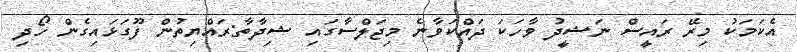
އެކަމަކު މިރޭ ރައީސް ނަޝީދު ވާހަކަ ދައްކަވާނެ މިޖަލްސާގައި ޝިދާތާ:ރައްޔިތުން ފޫގަޅައިގެން ހޯދި